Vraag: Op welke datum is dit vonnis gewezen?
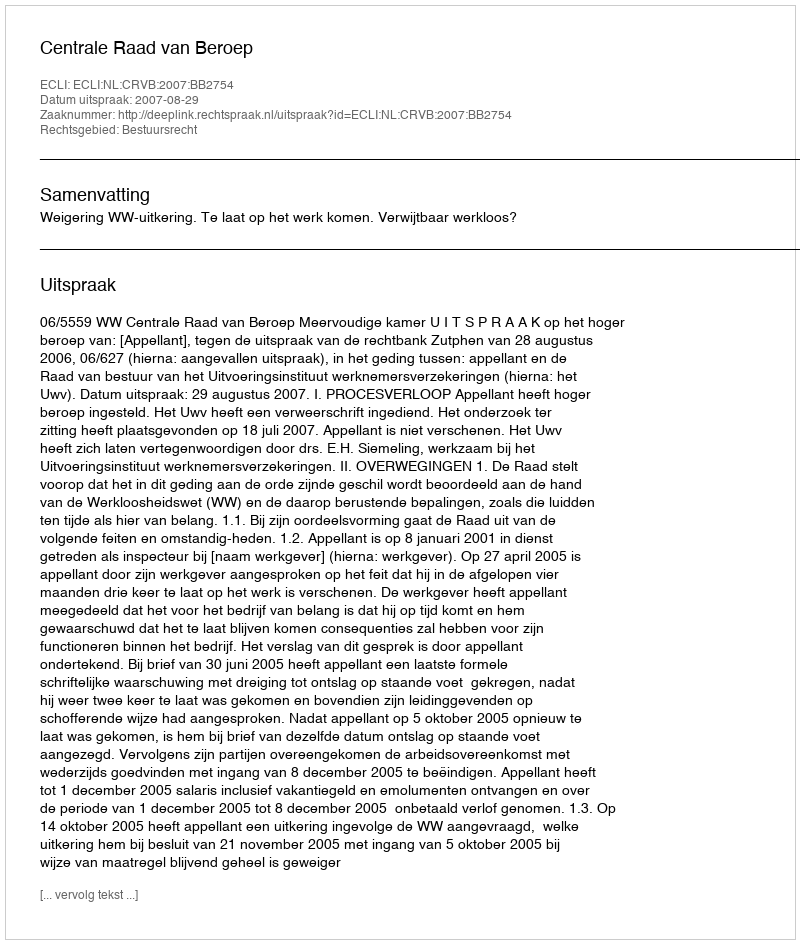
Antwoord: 2007-08-29